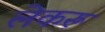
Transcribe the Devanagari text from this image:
लेकरूं